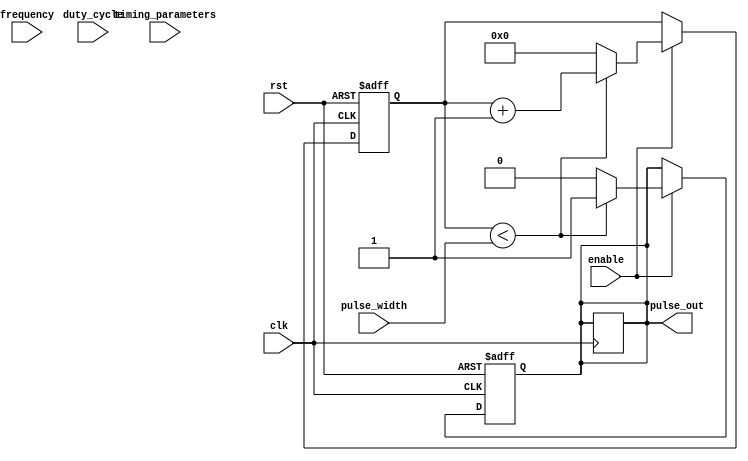
module PulseGenerator (
  input wire clk,  // clock signal
  input wire rst,  // reset signal
  input wire enable,  // enable signal
  input wire [15:0] pulse_width,  // programmable pulse width
  input wire [7:0] duty_cycle,  // programmable duty cycle
  input wire [31:0] frequency,  // programmable frequency
  input wire [31:0] timing_parameters,  // programmable timing parameters
  
  output reg pulse_out  // output pulse signal
);

reg [15:0] counter = 0;  // counter for pulse width
reg [31:0] div_counter = 0;  // counter for frequency
reg sync = 0;  // synchronization signal

always @ (posedge clk or posedge rst) begin
  if (rst) begin
    counter <= 0;
    div_counter <= 0;
    pulse_out <= 0;
    sync <= 0;
  end else begin
    if (enable) begin
      if (counter < pulse_width) begin
        pulse_out <= 1;
        counter <= counter + 1;
      end else begin
        pulse_out <= 0;
        counter <= 0;
      end
      
      if (div_counter < frequency) begin
        div_counter <= div_counter + 1;
      end else begin
        div_counter <= 0;
        sync <= 1;
      end
    end
  end
end

always @ (posedge clk) begin
  if (sync) begin
    pulse_out <= 1;
    sync <= 0;
  end
end

endmodule